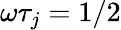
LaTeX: \omega\tau_{j}=1/2